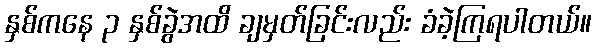
နှစ်ကနေ ၃ နှစ်ခွဲအထိ ချမှတ်ခြင်းလည်း ခံခဲ့ကြရပါတယ်။